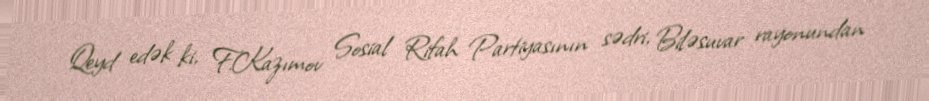
Qeyd edək ki, F.Kazımov Sosial Rifah Partiyasının sədri, Biləsuvar rayonundan